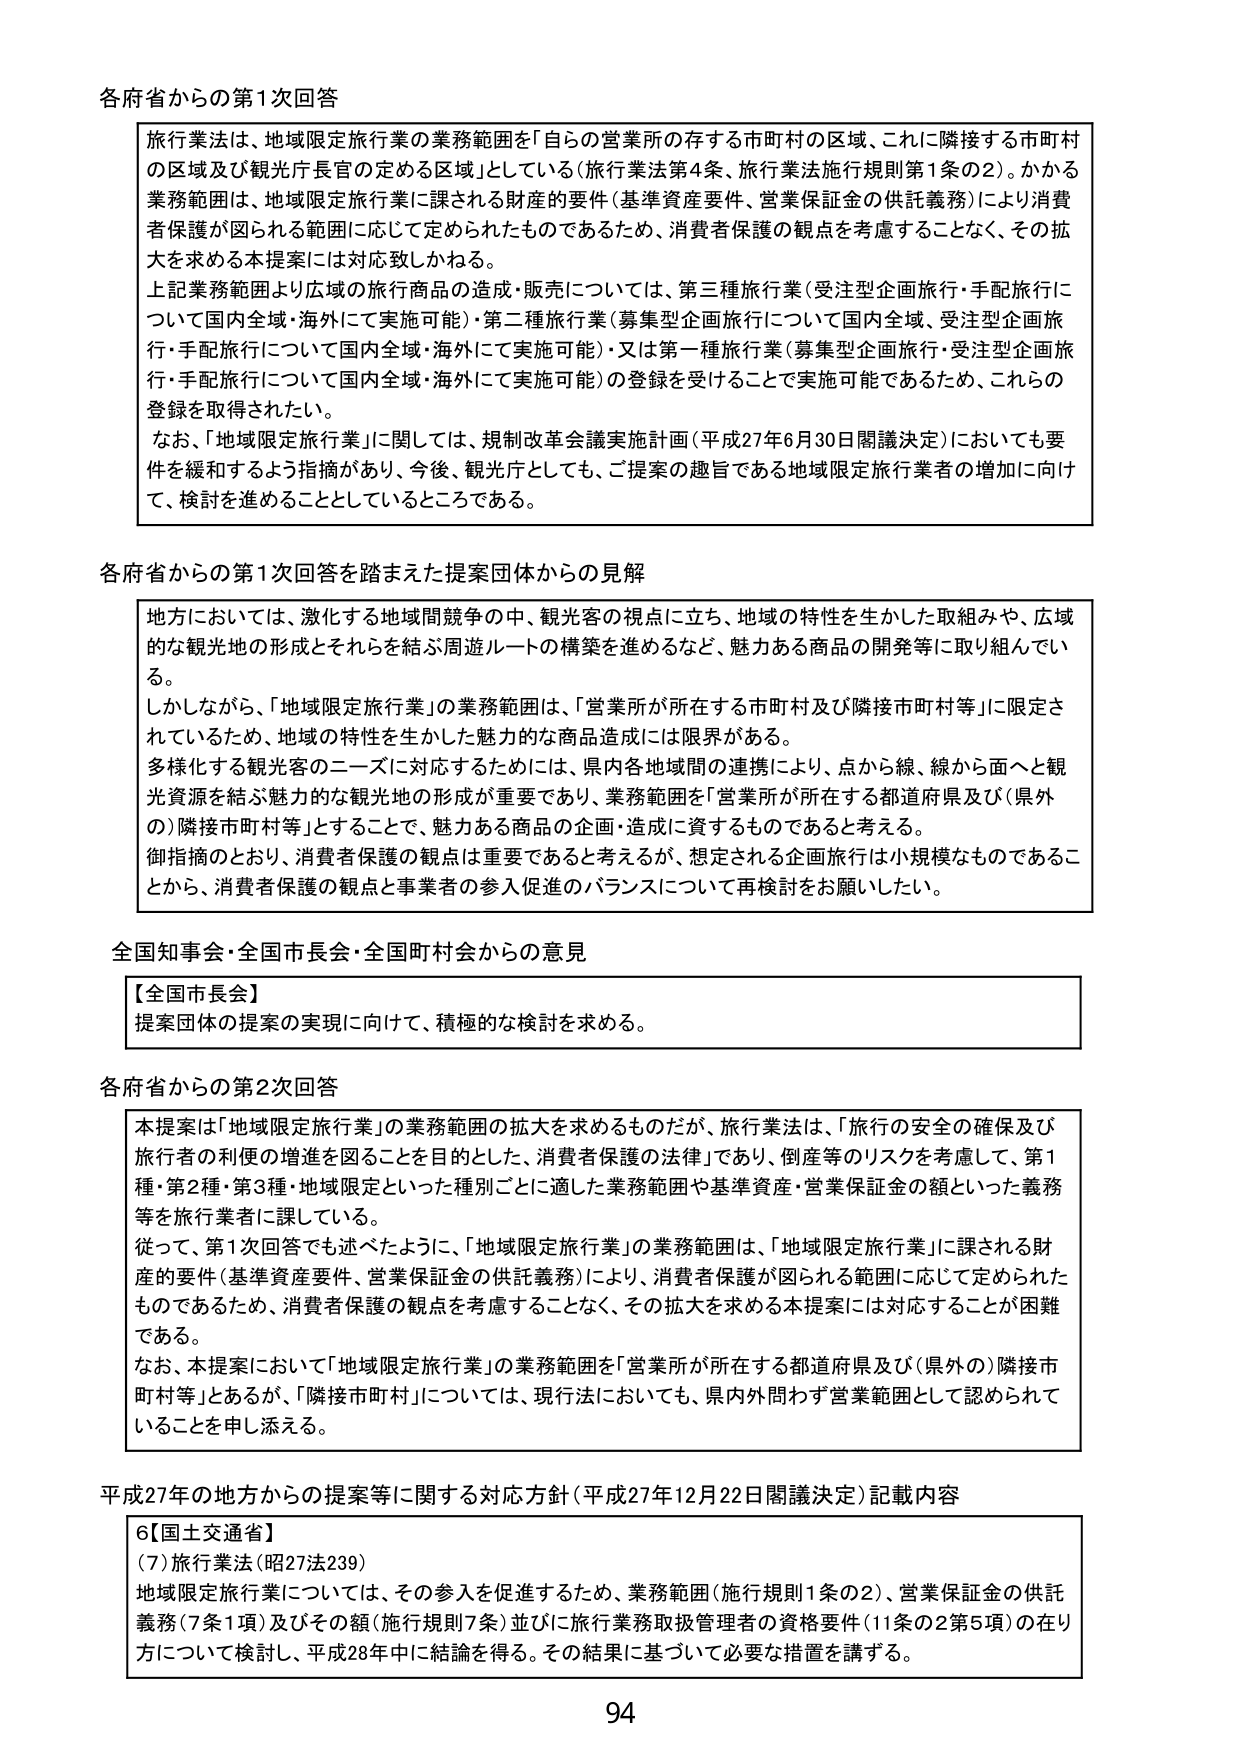
各府省からの第1次回答

旅行業法は、地域限定旅行業の業務範囲を「自らの営業所の存する市町村の区域、これに隣接する市町村の区域及び観光庁長官の定める区域」としている（旅行業法第4条、旅行業法施行規則第1条の2）。かかる業務範囲は、地域限定旅行業に課される財産的要件（基準資産要件、営業保証金の供託義務）により消費者保護が図られる範囲に応じて定められたものであるため、消費者保護の観点を考慮することなく、その拡大を求める本提案には対応致しかねる。

上記業務範囲より広域の旅行商品の造成・販売については、第三種旅行業（受注型企画旅行・手配旅行について国内全域・海外にて実施可能）・第二種旅行業（募集型企画旅行について国内全域、受注型企画旅行・手配旅行について国内全域・海外にて実施可能）・又は第一種旅行業（募集型企画旅行・受注型企画旅行・手配旅行について国内全域・海外にて実施可能）の登録を受けることで実施可能であるため、これらの登録を取得されたい。

なお、「地域限定旅行業」に関しては、規制改革会議実施計画（平成27年6月30日閣議決定）においても要件を緩和するよう指摘があり、今後、観光庁としても、ご提案の趣旨である地域限定旅行業者の増加に向け、検討を進めることとしているところである。

各府省からの第1次回答を踏まえた提案団体からの見解

地方においては、激化する地域間競争の中、観光客の視点に立ち、地域の特性を生かした取組みや、広域的な観光地の形成とそれらを結ぶ周遊ルートの構築を進めるなど、魅力ある商品の開発等に取り組んでいる。

しかしながら、「地域限定旅行業」の業務範囲は、「営業所が所在する市町村及び隣接市町村等」に限定されているため、地域の特性を生かした魅力的な商品造成には限界がある。

多様化する観光客のニーズに対応するためには、県内各地域間の連携により、点から線、線から面へと観光資源を結ぶ魅力的な観光地の形成が重要であり、業務範囲を「営業所が所在する都道府県及び（県外の）隣接市町村等」とすることで、魅力ある商品の企画・造成に資するものであると考える。

御指摘のとおり、消費者保護の観点は重要であると考えるが、想定される企画旅行は小規模なものであることから、消費者保護の観点と事業者の参入促進のバランスについて再検討をお願いしたい。

全国知事会・全国市長会・全国町村会からの意見

【全国市長会】
提案団体の提案の実現に向けて、積極的な検討を求める。

各府省からの第2次回答

本提案は「地域限定旅行業」の業務範囲の拡大を求めるものだが、旅行業法は、「旅行の安全の確保及び旅行者の利便の増進を図ることを目的とした、消費者保護の法律」であり、倒産等のリスクを考慮して、第1種・第2種・第3種・地域限定といった種別ごとに適した業務範囲や基準資産・営業保証金の額といった義務等を旅行業者に課している。

従って、第1次回答でも述べたように、「地域限定旅行業」の業務範囲は、「地域限定旅行業」に課される財産的要件（基準資産要件、営業保証金の供託義務）により、消費者保護が図られる範囲に応じて定められたものであるため、消費者保護の観点を考慮することなく、その拡大を求める本提案には対応することが困難である。

なお、本提案において「地域限定旅行業」の業務範囲を「営業所が所在する都道府県及び（県外の）隣接市町村等」とあるが、「隣接市町村」については、現行法においても、県内外問わず営業範囲として認められていることを申し添える。

平成27年の地方からの提案等に関する対応方針（平成27年12月22日閣議決定）記載内容

6【国土交通省】
（7）旅行業法（昭27法239）
地域限定旅行業については、その参入を促進するため、業務範囲（施行規則1条の2）、営業保証金の供託義務（7条1項）及びその額（施行規則7条）並びに旅行業務取扱管理者の資格要件（11条の2第5項）の在り方について検討し、平成28年中に結論を得る。その結果に基づいて必要な措置を講ずる。

94